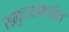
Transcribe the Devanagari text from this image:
समुदायांमधील